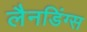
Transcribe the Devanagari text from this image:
लैनडिंग्स